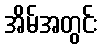
အိမ်အတွင်း